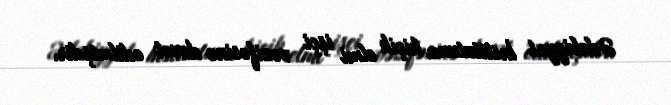
Ədəbiyyat İnstitutuna kiçik elmi işçi vəzifəsinə dəvət edilmişdir.